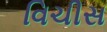
વિચીસ